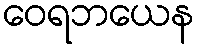
ဝေရဘယေန